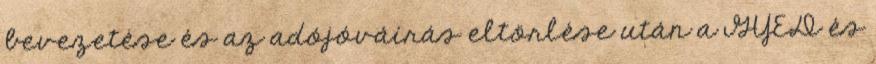
bevezetése és az adójóváírás eltörlése után a GYED és